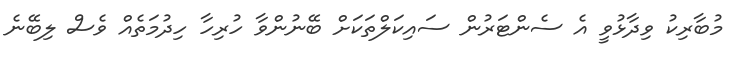
މުބާރިކު ވިދާޅުވީ އެ ސެންޓަރުން ސައިކަލްތަކަށް ބޭނުންވާ ހުރިހާ ހިދުމަތެއް ވެސް ލިބޭނެ